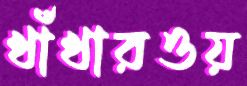
খাঁখারওয়